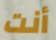
أنت